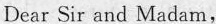
Dear Sir and Madam，